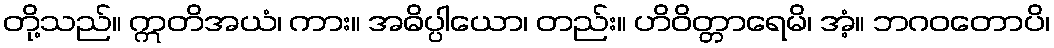
တို့သည်။ ဣတိအယံ၊ ကား။ အဓိပ္ပါယော၊ တည်း။ ဟိဝိတ္တာရေမိ၊ အံ့။ ဘဂဝတောပိ၊